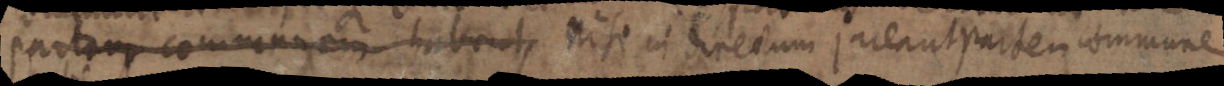
partam communem habent, nisi in directum jareant partem commune